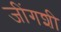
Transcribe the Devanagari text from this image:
जींगशी